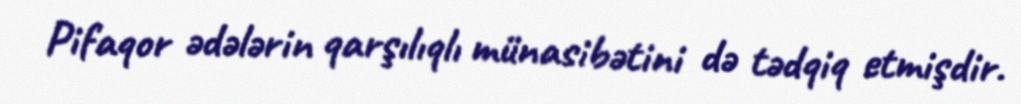
Pifaqor ədələrin qarşılıqlı münasibətini də tədqiq etmişdir.